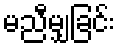
မညီမျှခြင်း